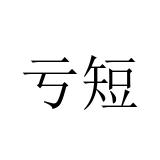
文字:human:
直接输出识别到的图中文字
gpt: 亏短